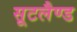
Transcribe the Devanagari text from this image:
सूटलैण्ड